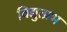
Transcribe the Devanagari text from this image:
विद्युत्प्रभ